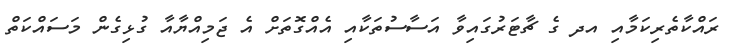
ރައްކާތެރިކަމާއި އދ ގެ ޗާޓަރުގައިވާ އަސާސުތަކާއި އެއްގޮތަށް އެ ޖަމިއްޔާއާ ގުޅިގެން މަސައްކަތް